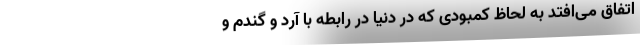
اتفاق می‌افتد به لحاظ کمبودی که در دنیا در رابطه با آرد و گندم و